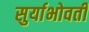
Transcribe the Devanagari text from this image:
सुर्याभोवतीं